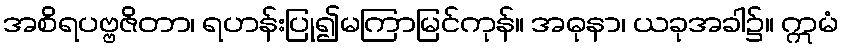
အစိရပဗ္ဗဇိတာ၊ ရဟန်းပြု၍မကြာမြင်ကုန်။ အဓုနာ၊ ယခုအခါ၌။ ဣမံ